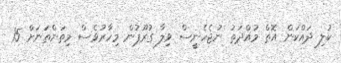
ކުލި ދައްކަން އޮތް މުއްދަތު ނުޖެހެނީސް ވިލާ ގުރޫޕުން މިހާރުވެސް މިތަންތަނަށް 15